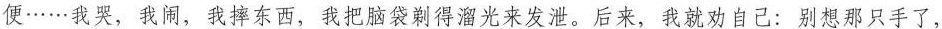
便……我哭，我闹，我摔东西，我把脑袋剃得溜光来发泄。后来，我就劝自己：别想那只手了，